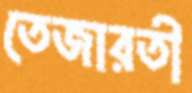
তেজারতী